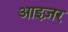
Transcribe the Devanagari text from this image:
आइज़र